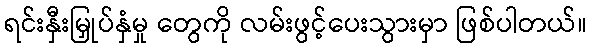
ရင်းနှီးမြှုပ်နှံမှု တွေကို လမ်းဖွင့်ပေးသွားမှာ ဖြစ်ပါတယ်။